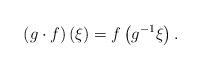
LaTeX: \begin{align*}\left(g\cdot f\right)\left(\xi\right)=f\left(g^{-1}\xi\right).\end{align*}